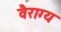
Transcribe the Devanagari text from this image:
वैराग्‍य